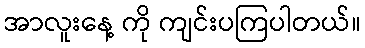
အာလူးနေ့ ကို ကျင်းပကြပါတယ်။